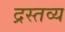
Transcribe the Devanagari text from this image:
द्रस्तव्य